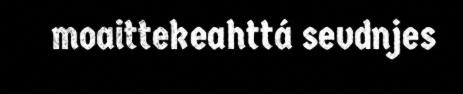
moaittekeahttá sevdnjes